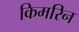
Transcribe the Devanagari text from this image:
किमरिन